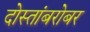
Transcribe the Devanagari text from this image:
दोस्तांबरोबर